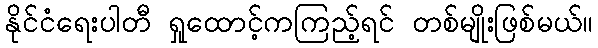
နိုင်ငံရေးပါတီ ရှုထောင့်ကကြည့်ရင် တစ်မျိုးဖြစ်မယ်။